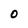
Character: O